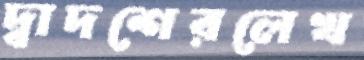
দ্বাদশেরলেখ